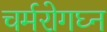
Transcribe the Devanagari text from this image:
चर्मरोगघ्न